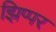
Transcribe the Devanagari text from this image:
झिप्पर